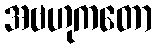
အဗဟုကတော